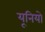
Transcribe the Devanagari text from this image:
यूनियो